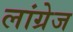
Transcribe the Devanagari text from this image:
लांग्रेज